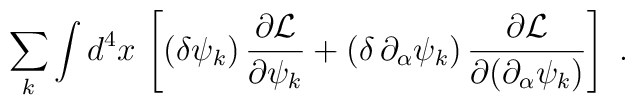
\sum_k \int d^4x\, \left[(\delta\psi_k)\, {\partial {\cal L}\over \partial \psi_k} + (\delta\, \partial_{\alpha}\psi_k)\, {\partial {\cal L}\over \partial (\partial_{\alpha}\psi_k)} \right]\ .